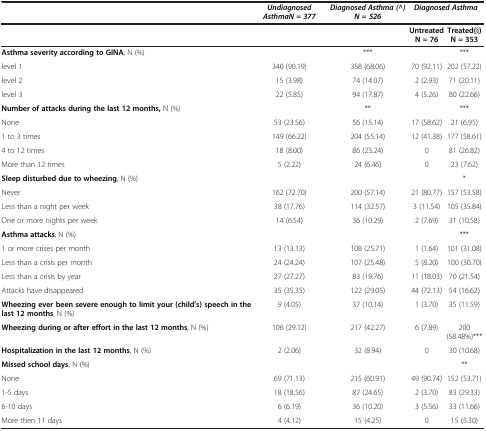
<table><thead><tr><td><b> </b></td><td><b><i>Undiagnosed Asthma N = 377</i></b></td><td><b><i>Diagnosed Asthma (^) N = 526</i></b></td><td colspan="2"><b><i>Diagnosed Asthma</i></b></td></tr></thead><tbody><tr><td> </td><td> </td><td> </td><td><b>Untreated N = 76</b></td><td><b>Treated(§) N = 353</b></td></tr><tr><td><b>Asthma severity according to GINA</b>, N (%)</td><td> </td><td>***</td><td> </td><td>***</td></tr><tr><td>level 1</td><td>340 (90.19)</td><td>358 (68.06)</td><td>70 (92.11)</td><td>202 (57.22)</td></tr><tr><td>level 2</td><td>15 (3.98)</td><td>74 (14.07)</td><td>2 (2.93)</td><td>71 (20.11)</td></tr><tr><td>level 3</td><td>22 (5.85)</td><td>94 (17.87)</td><td>4 (5.26)</td><td>80 (22.66)</td></tr><tr><td><b>Number of attacks during the last 12 months,</b> N (%)</td><td> </td><td>**</td><td> </td><td>***</td></tr><tr><td>None</td><td>53 (23.56)</td><td>56 (15.14)</td><td>17 (58.62)</td><td>21 (6.95)</td></tr><tr><td>1 to 3 times</td><td>149 (66.22)</td><td>204 (55.14)</td><td>12 (41.38)</td><td>177 (58.61)</td></tr><tr><td>4 to 12 times</td><td>18 (8.00)</td><td>86 (23.24)</td><td>0</td><td>81 (26.82)</td></tr><tr><td>More than 12 times</td><td>5 (2.22)</td><td>24 (6.46)</td><td>0</td><td>23 (7.62)</td></tr><tr><td><b>Sleep disturbed due to wheezing</b>, N (%)</td><td> </td><td> </td><td> </td><td>*</td></tr><tr><td>Never</td><td>162 (72.70)</td><td>200 (57.14)</td><td>21 (80.77)</td><td>157 (53.58)</td></tr><tr><td>Less than a night per week</td><td>38 (17.76)</td><td>114 (32.57)</td><td>3 (11.54)</td><td>105 (35.84)</td></tr><tr><td>One or more nights per week</td><td>14 (6.54)</td><td>36 (10.29)</td><td>2 (7.69)</td><td>31 (10.58)</td></tr><tr><td><b>Asthma attacks</b>, N (%)</td><td> </td><td> </td><td> </td><td>***</td></tr><tr><td>1 or more crises per month</td><td>13 (13.13)</td><td>108 (25.71)</td><td>1 (1.64)</td><td>101 (31.08)</td></tr><tr><td>Less than a crisis per month</td><td>24 (24.24)</td><td>107 (25.48)</td><td>5 (8.20)</td><td>100 (30.70)</td></tr><tr><td>Less than a crisis by year</td><td>27 (27.27)</td><td>83 (19.76)</td><td>11 (18.03)</td><td>70 (21.54)</td></tr><tr><td>Attacks have disappeared</td><td>35 (35.35)</td><td>122 (29.05)</td><td>44 (72.13)</td><td>54 (16.62)</td></tr><tr><td><b>Wheezing ever been severe enough to limit your (child’s) speech in the last 12 months</b>, N (%)</td><td>9 (4.05)</td><td>37 (10.14)</td><td>1 (3.70)</td><td>35 (11.59)</td></tr><tr><td><b>Wheezing during or after effort in the last 12 months</b>, N (%)</td><td>106 (29.12)</td><td>217 (42.27)</td><td>6 (7.89)</td><td>200 (58.48%)***</td></tr><tr><td><b>Hospitalization in the last 12 months</b>, N (%)</td><td>2 (2.06)</td><td>32 (8.94)</td><td>0</td><td>30 (10.68)</td></tr><tr><td><b>Missed school days</b>, N (%)</td><td> </td><td> </td><td> </td><td>**</td></tr><tr><td>None</td><td>69 (71.13)</td><td>215 (60.91)</td><td>49 (90.74)</td><td>152 (53.71)</td></tr><tr><td>1-5 days</td><td>18 (18.56)</td><td>87 (24.65)</td><td>2 (3.70)</td><td>83 (29.33)</td></tr><tr><td>6-10 days</td><td>6 (6.19)</td><td>36 (10.20)</td><td>3 (5.56)</td><td>33 (11.66)</td></tr><tr><td>More then 11 days</td><td>4 (4.12)</td><td>15 (4.25)</td><td>0</td><td>15 (5.30)</td></tr></tbody></table>